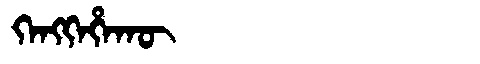
Manchu: ᡴᡝᠩᡴᡝᡥᠠᡴᡡ
Romanization: KENGKEHAKŪ